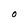
Character: O